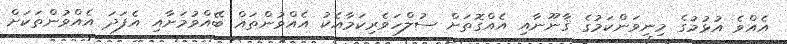
އެއްވެ އުޅުމުގެ މިނިވަންކަމުގެ ޤާނޫނާއި އެއްގޮތަށް ސުލްހަވެރިކަމާއެކު އެއްވުންތައް ބޭއްވުމަށާއި އެފަދަ އެއްވުންތަަކަށް